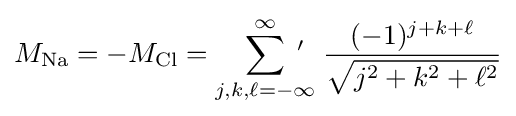
M_{\text{Na}}=-M_{\text{Cl}}={\sum _{j,k,\ell =-\infty }^{\infty }}\!\!\!\!^{\prime }\ \ {{(-1)^{j+k+\ell }} \over {\sqrt {j^{2}+k^{2}+\ell ^{2}}}}